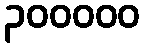
၃၀၀၀၀၀